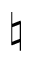
\natural